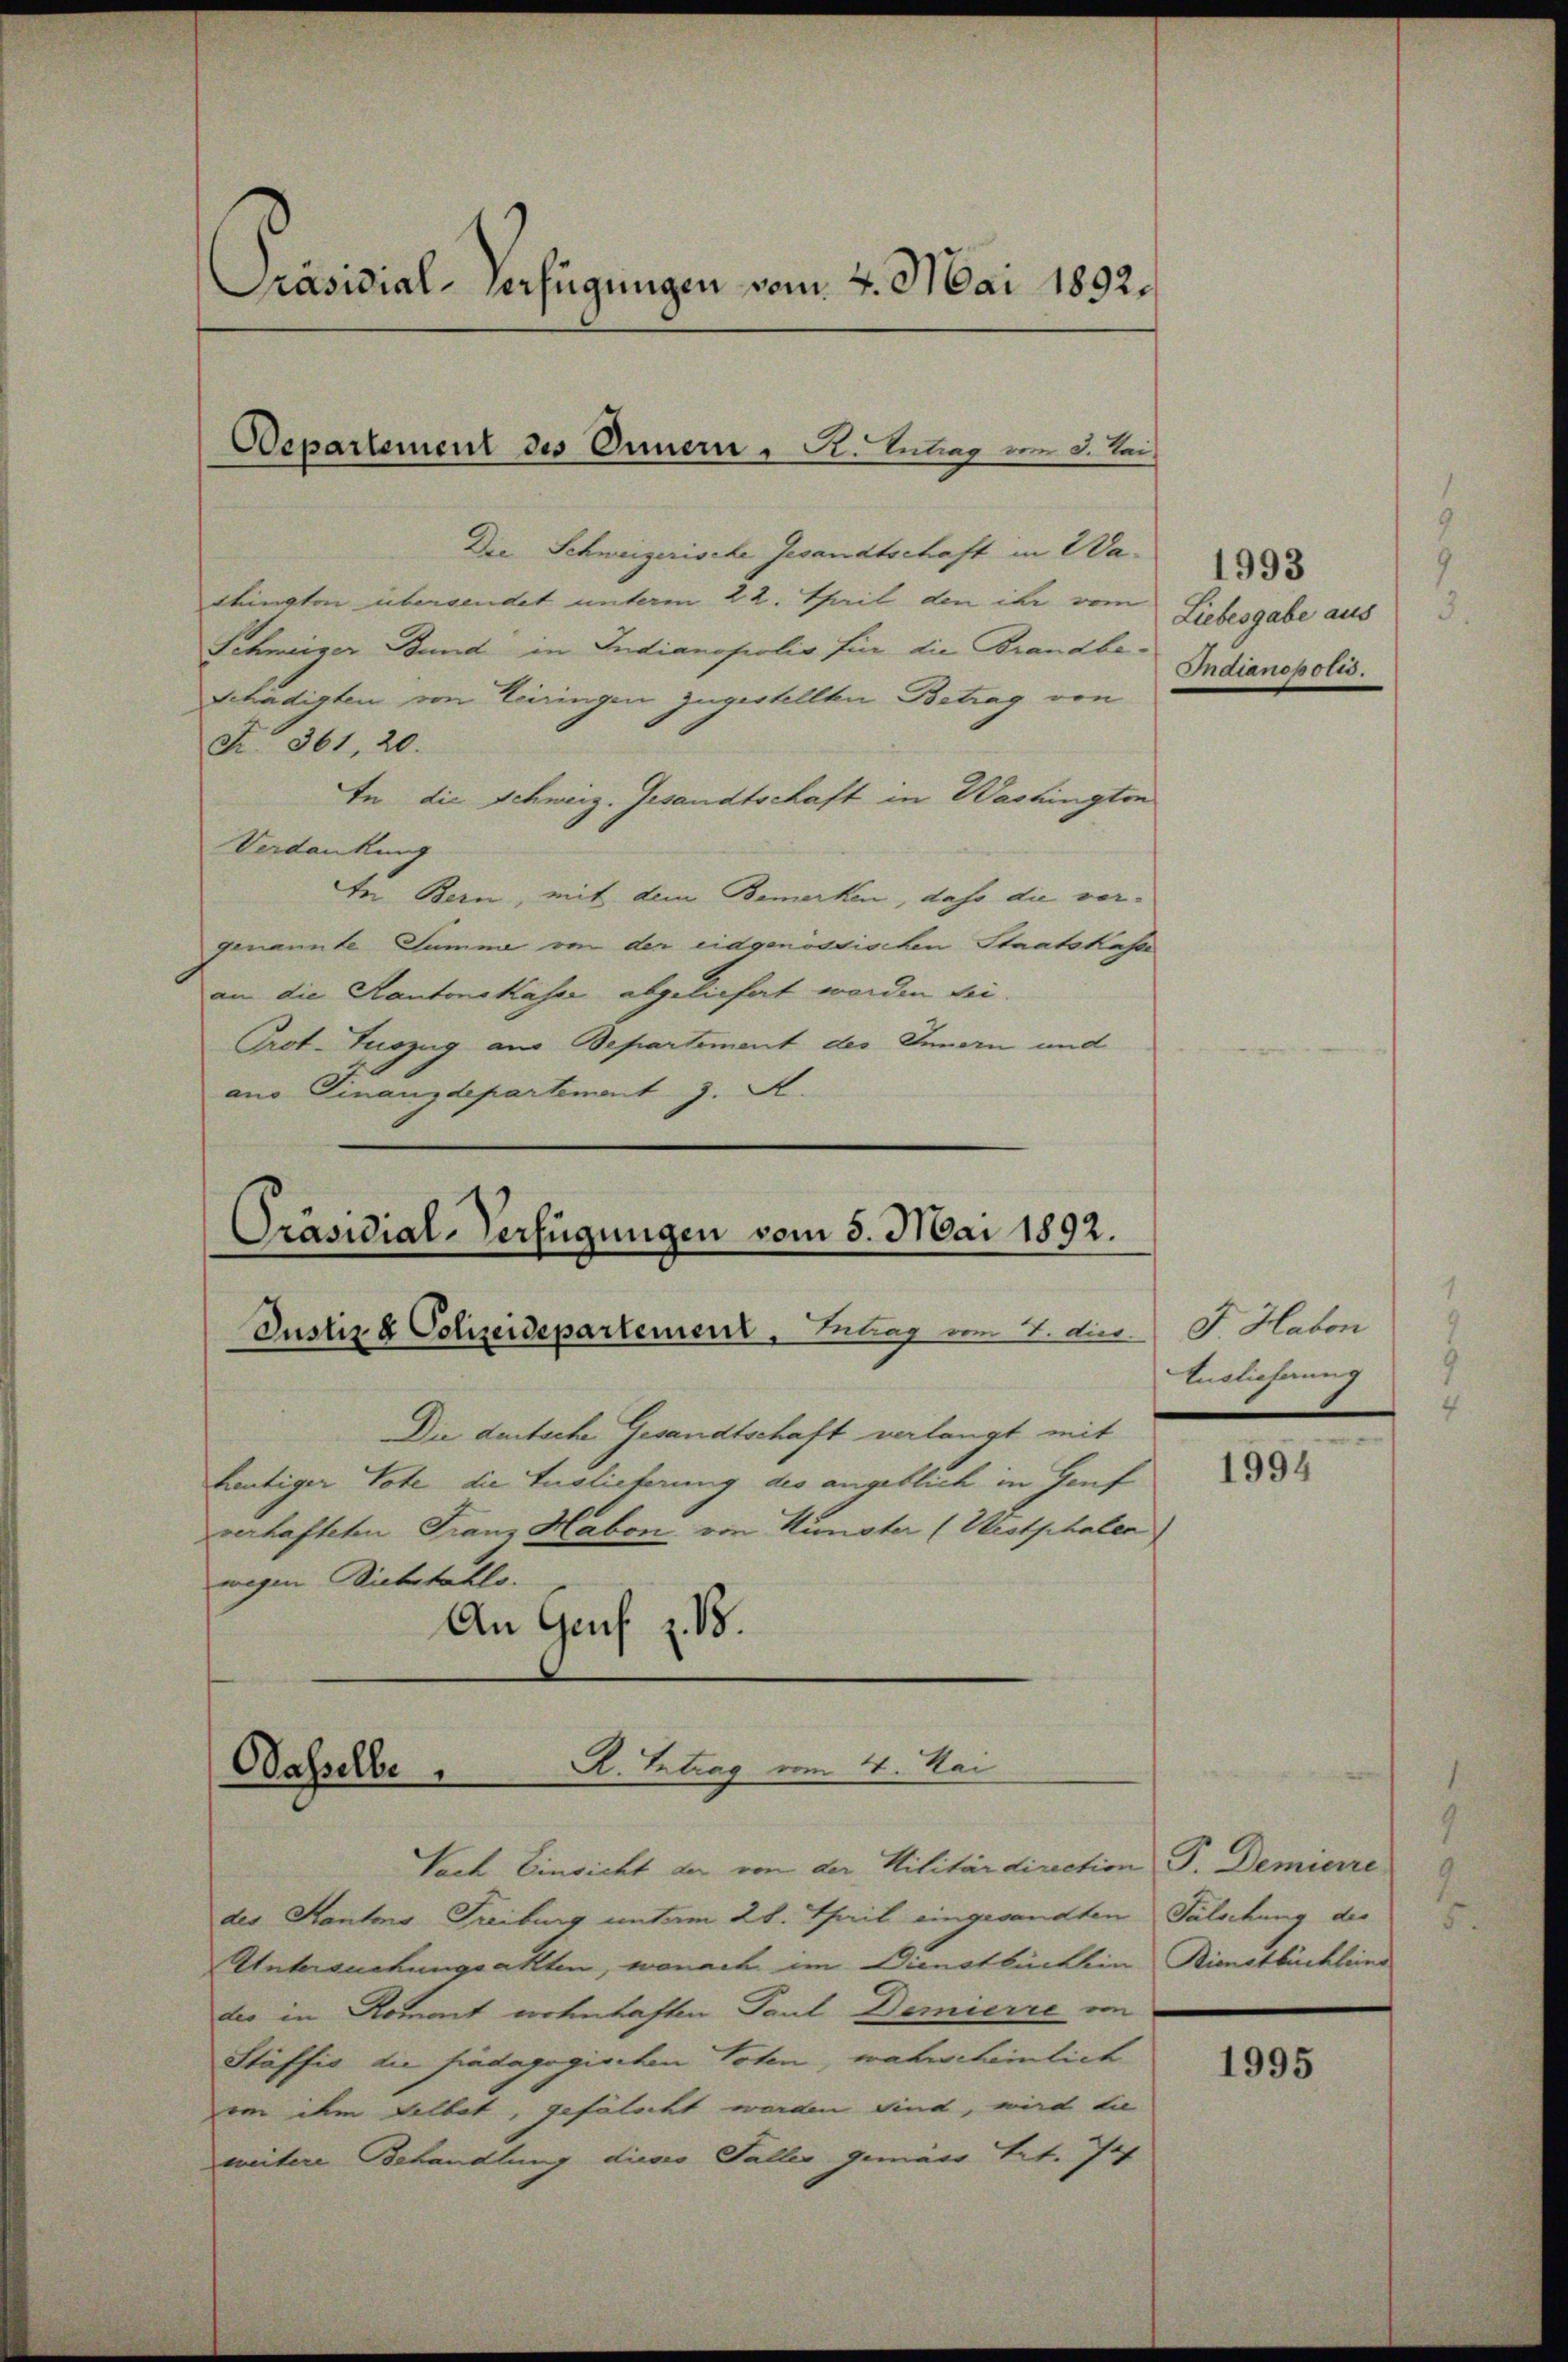
Präsidial-Verfügungen vom 4. Mai 1892.

Departement des Innern, Sr. Eintrag/Antrag vom 3. Lei

Die Schweizerische Gesandtschaft in 2 Dashington übersendet unterm 22. Theil den ihr vom
Schweiger Bund in Indianopolis für die Brandbe-
Schädigten von Teiringen zugestellten Betrag von
F. 361, 20.
In die Schweiz. Gesandtschaft in Washingten
Verdankung
In Bern, mit dem Bemerken, dass die vorgenannte Summe von der eidgenössischen Staatskasse
an die Kantonskasse abgeliehet worden sei.
Prot. Tuszug aus Departement des Innern und
aus Finanzdepartement J. A.

Präsidial-Verfügungen vom 5. Mai 1892.

R. Intrag vom 4. Mai
Wasselbe

Justiz & Polizeidepartement. Intrag vom 7. dies
Die deutsche Gesandtschaft verlangt mit
heutiger Tote die Auslieferung des angeblich in Genf
verhafteten Franz Habon von Künster (Westphalen)
wegen Diebstahls.
An Genf z. B.

Nach Einsicht der von der Militärdirection P. Demierre
des Kantons Freiburg unt am 28. Thail eingesandten
Untersuchungsakten, wonach im Dienstbüchlein Bienstbüchleins
der in Romant notinhaften Paul Demierre von
Stäffis die findagogischen Toten, wahrscheinlich
von dem Selbst, gefälscht werden sind, wird die
weitere Behandlung dieso Taller gemäss tet. Jah

1993
Liebesgabe aus
Indianopotis.

J Habon
Auslieferung

1994

Falschung des

1995